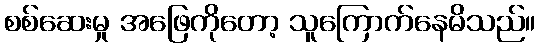
စစ်ဆေးမှု အဖြေကိုတော့ သူကြောက်နေမိသည်။